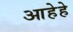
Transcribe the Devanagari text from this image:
आहेहे